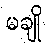
မချို